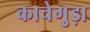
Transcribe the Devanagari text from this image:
काचेगुड़ा